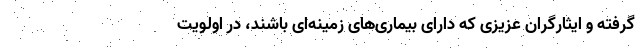
گرفته و ایثارگران عزیزی که دارای بیماری‌های زمینه‌ای باشند، در اولویت